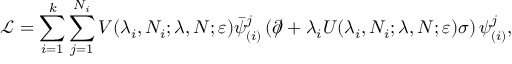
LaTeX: \mathcal { L } = \sum _ { i = 1 } ^ { k } \sum _ { j = 1 } ^ { N _ { i } } V ( \lambda _ { i } , N _ { i } ; \lambda , N ; \varepsilon ) \bar { \psi } _ { ( i ) } ^ { j } \left( \partial \! \! \! \slash + \lambda _ { i } U ( \lambda _ { i } , N _ { i } ; \lambda , N ; \varepsilon ) \sigma \right) \psi _ { ( i ) } ^ { j } ,